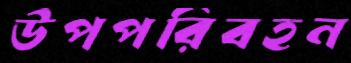
উপপরিবহন